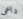
داعى